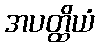
အပတ္ထိယံ